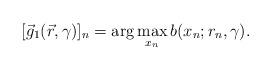
LaTeX: \begin{align*}[\vec{g}_1(\vec{r},\gamma)]_n&=\arg\max_{x_n} b(x_n;r_n,\gamma) .\end{align*}